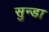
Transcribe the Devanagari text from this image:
सुन्डा